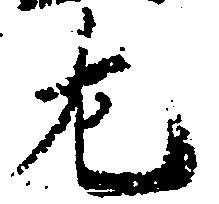
左